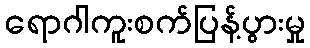
ရောဂါကူးစက်ပြန့်ပွားမှု